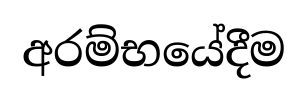
අරම්භයේදීම